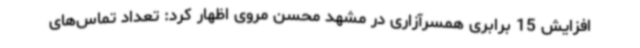
افزایش 15 برابری همسرآزاری در مشهد محسن مروی اظهار کرد: تعداد تماس‌های